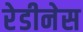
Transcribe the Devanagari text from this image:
रेडीनेस